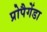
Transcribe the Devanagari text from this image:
प्रोपैगेंडा